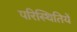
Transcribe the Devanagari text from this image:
परिस्थितियें